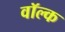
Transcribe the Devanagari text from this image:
वॉल्क